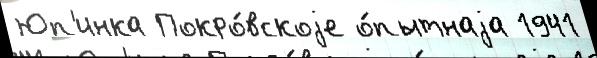
Юп'инка Покро́вскоjе о́пытнаjа 1941